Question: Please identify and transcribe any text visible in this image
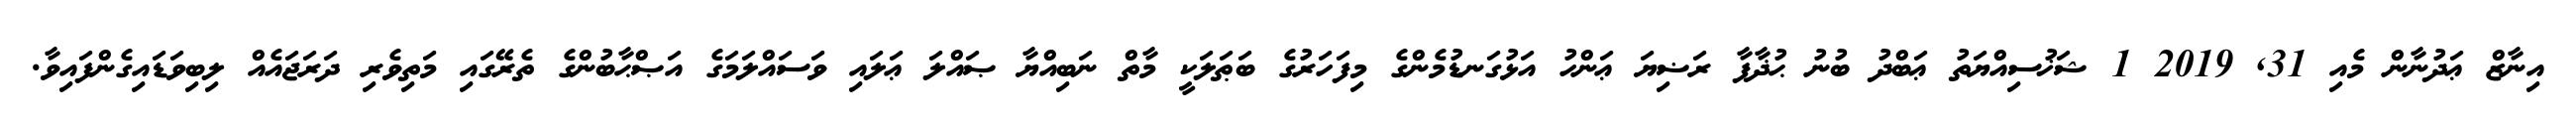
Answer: އިނާޒް ޢަދުނާން މެއި 31, 2019 1 ޝަޚުސިއްޔަތު ޢަބްދު ބުނު ޙުޛާފާ ރަޟިޔަ ޢަންހު އަޅުގަނޑުމެންގެ މިފަހަރުގެ ބަޠަލަކީ މާތް ނަބިއްޔާ ޞައްލަ ޢަލައި ވަސައްލަމަގެ އަޞްޙާބުންގެ ތެރޭގައި މަތިވެރި ދަރަޖައެއް ލިބިވަޑައިގެންފައިވާ.